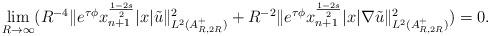
LaTeX: \begin{align*}\lim_{R\rightarrow\infty}(R^{-4}\|e^{\tau\phi}x_{n+1}^{\frac{1-2s}{2}}|x|\tilde{u}\|_{L^{2}(A_{R,2R}^{+})}^{2}+R^{-2}\|e^{\tau\phi}x_{n+1}^{\frac{1-2s}{2}}|x|\nabla\tilde{u}\|_{L^{2}(A_{R,2R}^{+})}^{2})=0.\end{align*}